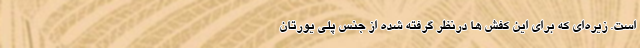
است. زیره‌ای که برای این کفش ها درنظر گرفته شده از جنس پلی یورتان